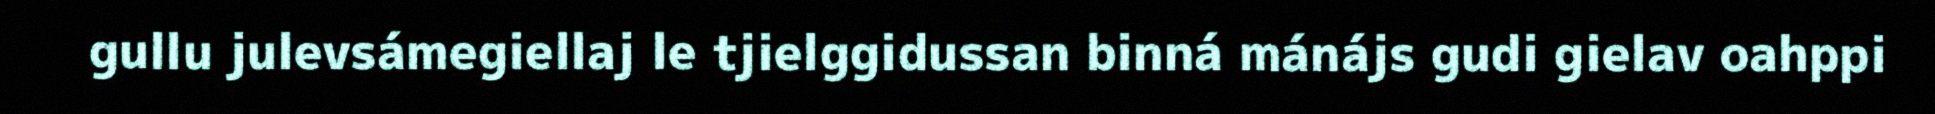
gullu julevsámegiellaj le tjielggidussan binná mánájs gudi gielav oahppi